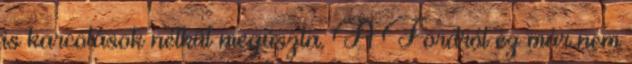
is karcolások nélkül megúszta. A Fordról ez már nem